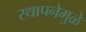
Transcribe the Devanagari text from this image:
स्थापनेमुळे